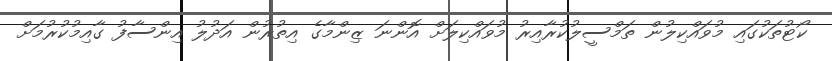
ކޯޓުތަކުގައި މުވައްކިލުން ތަމްސީލުކުރާއިރު މުވައްކިލަށް އޮންނަ ޒިންމާގެ އިތުރުން އަދުލު އިންސާފު ގާއިމުކުރުމަށް